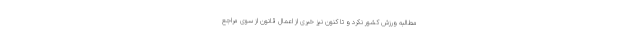
مطالبه ورزش کشور نکرد و تا کنون نیز خبری از اعمال قانون از سوی مراجع